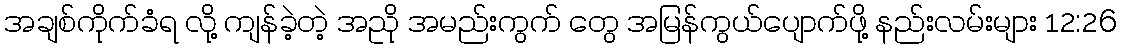
အချစ်ကိုက်ခံရ လို့ ကျန်ခဲ့တဲ့ အညို အမည်းကွက် တွေ အမြန်ကွယ်ပျောက်ဖို့ နည်းလမ်းများ 12:26